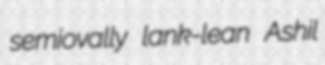
semiovally lank-lean Ashil